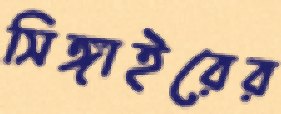
সিঙ্গাইরের